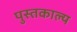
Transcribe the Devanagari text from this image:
पुस्तकाल्य